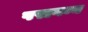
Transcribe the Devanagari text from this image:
परागम्य